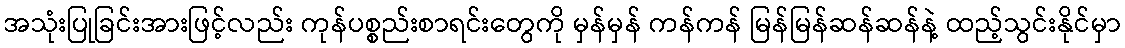
အသုံးပြုခြင်းအားဖြင့်လည်း ကုန်ပစ္စည်းစာရင်းတွေကို မှန်မှန် ကန်ကန် မြန်မြန်ဆန်ဆန်နဲ့ ထည့်သွင်းနိုင်မှာ